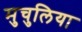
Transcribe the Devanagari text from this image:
मुचुलिया